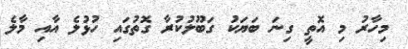
މިހާރު މި އޮތީ ގިނަ ބަޔަކު ގަބޫލުކުރާ ގޮތުގައި ހުޅުލެ އާއި މާލެ